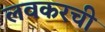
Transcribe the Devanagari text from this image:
लवकरची